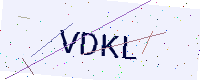
Text: VDKL